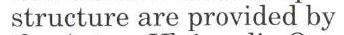
structure are provided by